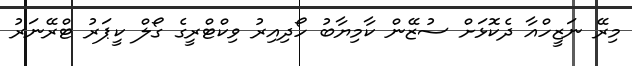
މިރޭ ނަޒީހްއާ ދެކޮޅަށް ސުޒޭން ކާމިޔާބު ހޯދިއިރު ވިކްޓްރީގެ ގޯލް ކީޕަރު ޓްރޭނަރު